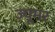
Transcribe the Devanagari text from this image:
ज़्यूमर